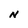
Character: N